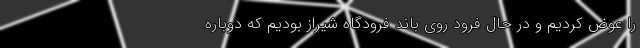
را عوض کردیم و در حال فرود روی باند فرودگاه شیراز بودیم که دوباره